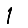
Digit: 1